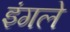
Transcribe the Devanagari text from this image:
इंगले